Laimjala_vallavalitsus, lk 4
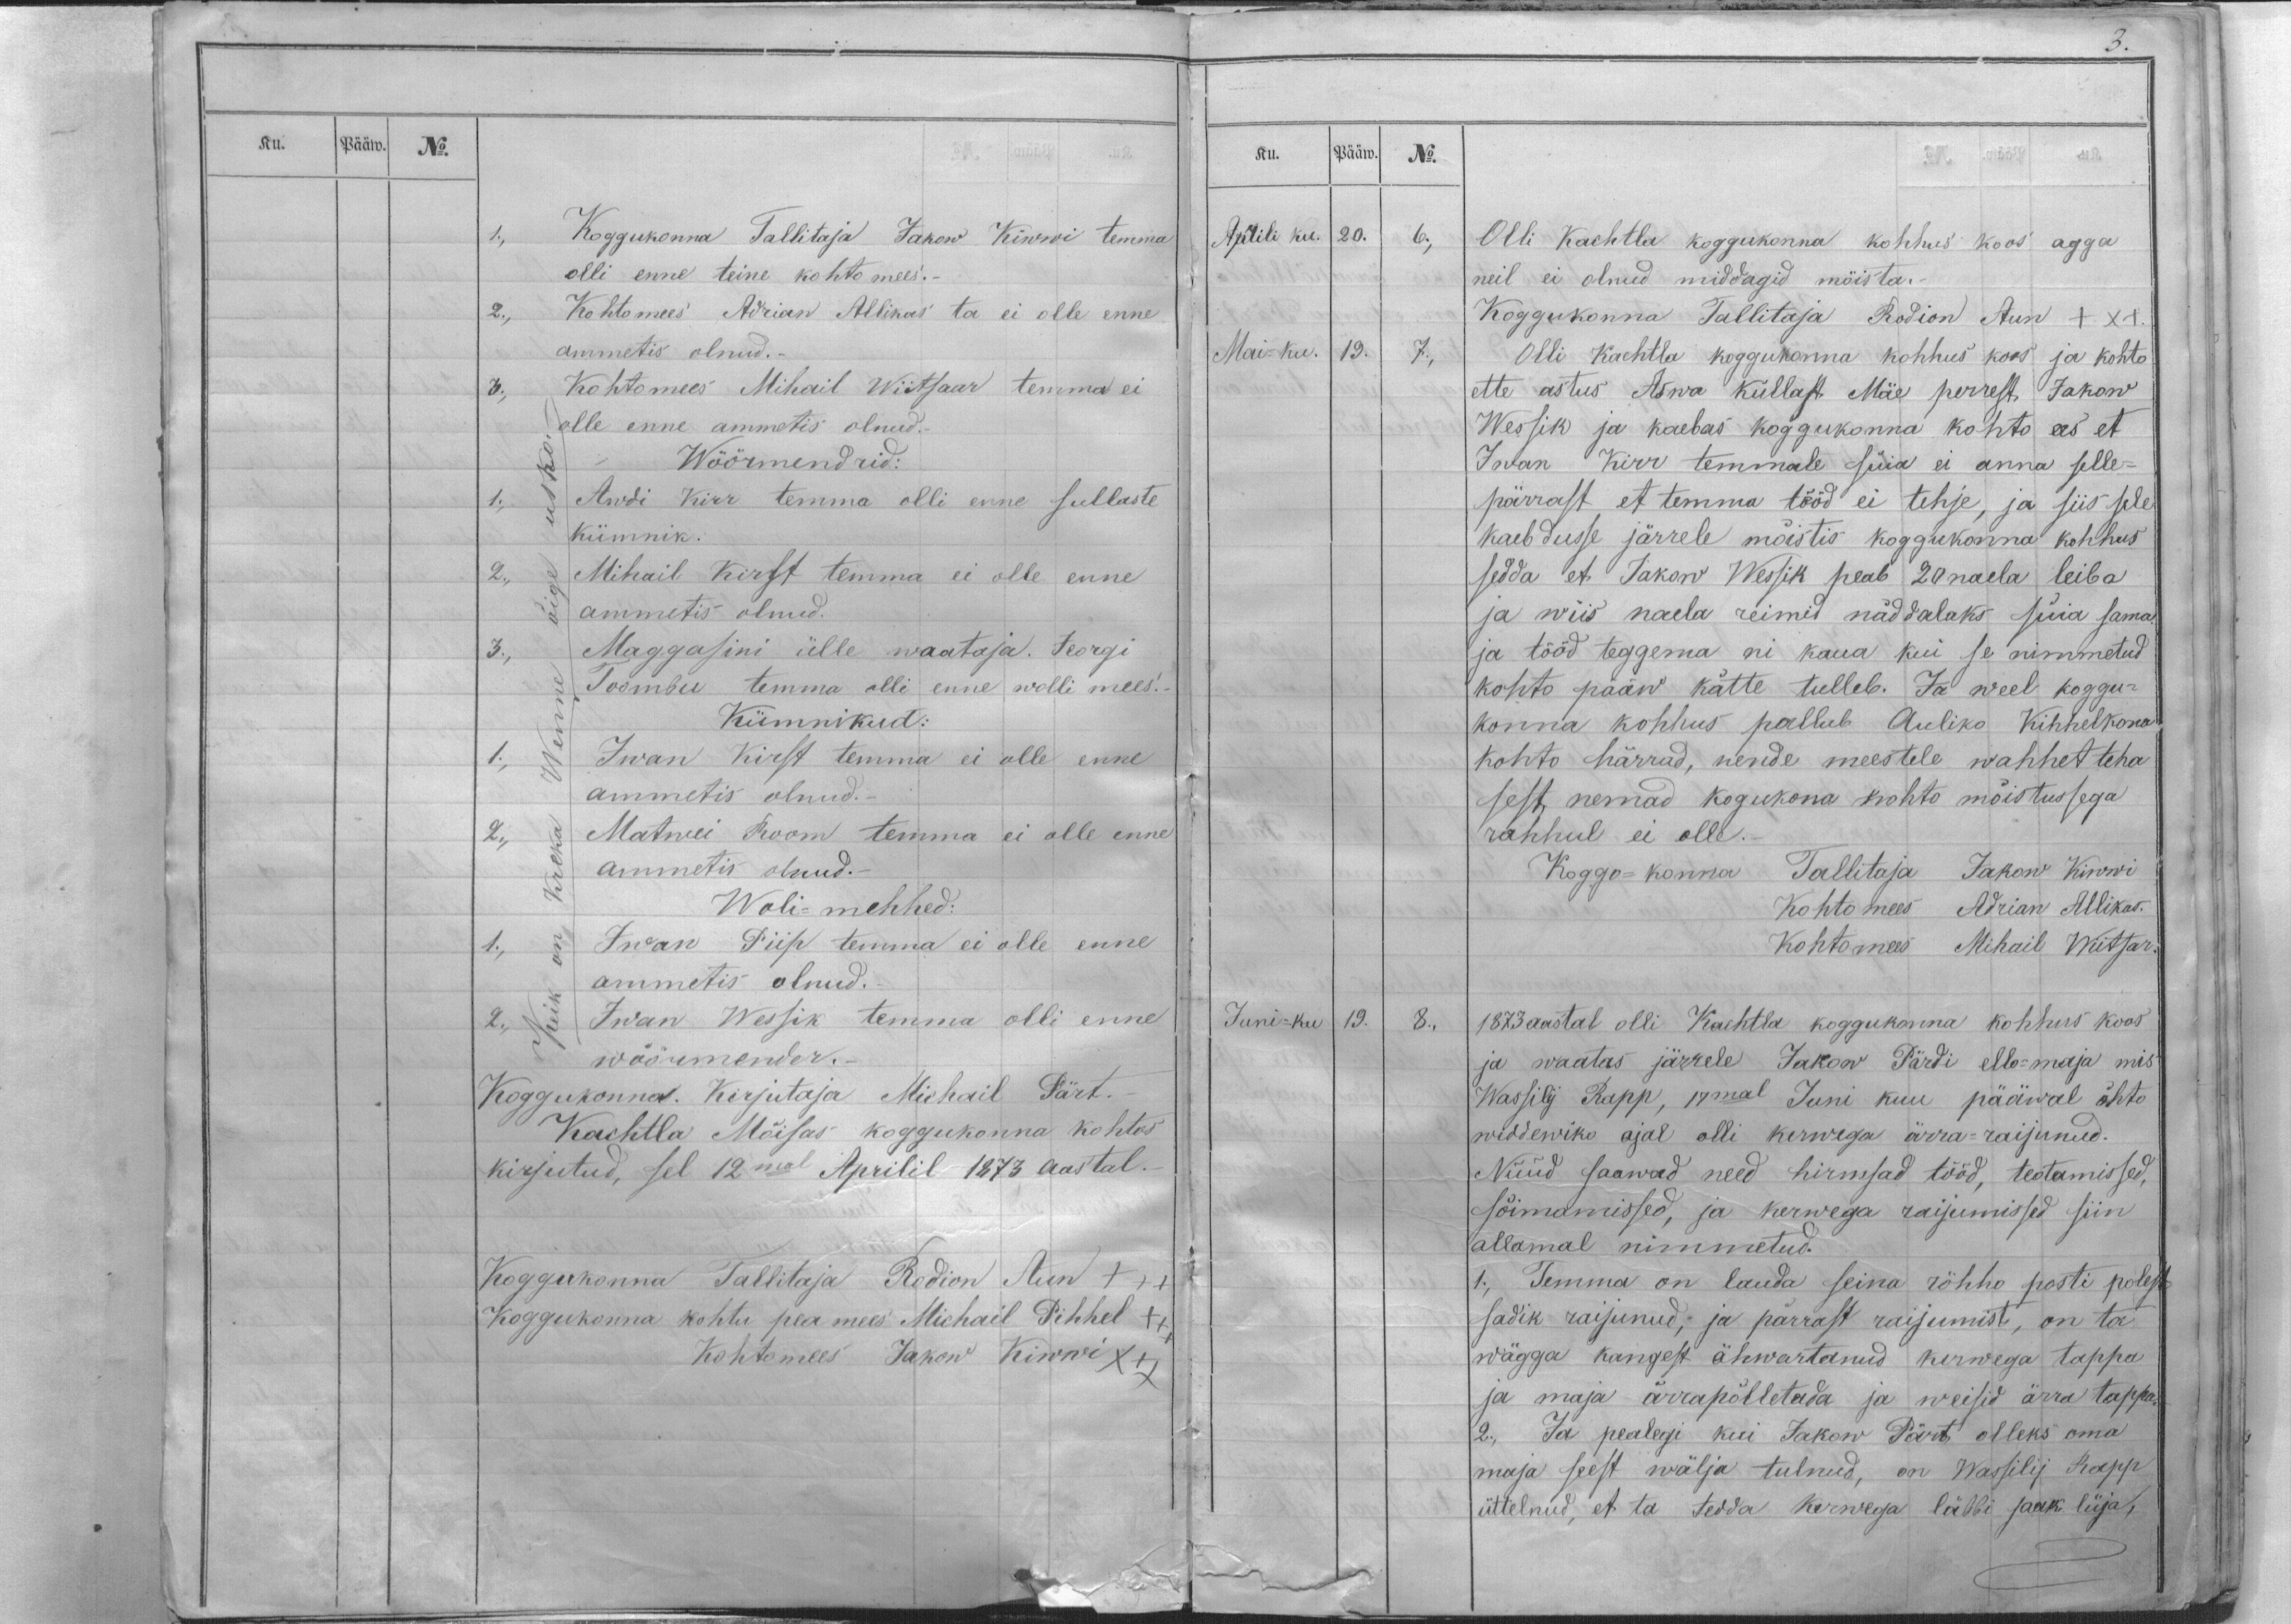
Ku.
Pääw.
No.
1., Koggukonna Tallitaja Jakow Kiwwi temma
olli enne teine kohto mees._
2., Kohtomees Adrian Allikas ta ei olle enne
ammetis olnud._
3., Kohtomees Mihail Wiitsaar temma ei
olle enne ammetis olnud.
Wöörmendrid:
1., Awdi Kirr temma olli enne sullaste
kümnik.
2., Mihail Kirst temma ei olle enne
ammetis olnud.
3., Maggasini ülle waataja. Jeorgi
Toombu temma olli enne wolli mees.
Kümnikud:
Keik on Kreka Wenne õige usko._
1., Iwan Kirst temma ei olle enne
ammetis olnud._
2., Matwei Room temma ei olle enne
ammetis olnud.-
Woli-mehhed:
1., Iwan Piip temma ei olle enne
ammetis olnud.
2., Iwan Wessik temma olli enne
wöörmender._
Koggukonna. Kirjutaja Michail Pärt.-
Kachtla Mõisas koggukonna kohtos
kirjutud, sel 12mal Aprilil 1873 aastal._
Koggukonna Tallitaja Rodion Aun +++
Koggukonna kohtu pea mees Michail Pihhel ++
Kohtomees Jakow Kiwwi xxx

Ku.
Pääw.
No.
Aprili ku.
20.
6.,
Olli Kachtla koggukonna kohhus koos agga
neil ei olnud middagid möista.-
Koggukonna Tallitaja Rodion Aun +x+
Mai-ku.
19.
7.,
Olli Kachtla koggukonna kohhus koos ja kohto
ette astus Aswa küllast Mäe perrest, Jakow
Wessik ja kaebas koggukonna kohto ees et
Iwan Kirr temmale süia ei anna selle-
pärrast et temma tööd ei tehje, ja siis sele
kaebdusse järrele mõistis koggukonna kohhus
sedda et Jakow Wessik peab 20 naela leiba
ja wiis naela reimid näddalaks süia sama
ja tööd teggema nii kaua kui se nimmetud
kohto pääw kätte tulleb. Ja weel koggu-
konna kohhus pallub Auliko Kihhelkona
kohto härrad, nende meestele wahhet teha
sest nemad kogukona kohto mõistussega
rahhul ei olle.
Koggo-konna Tallitaja Jakow Kiwwi
Kohtomees Adrian Allikas.
Kohtomees Mihail Wiitsar.
Juni-ku
19.
8.,
1873 aastal olli Kachtla koggukonna kohhus koos
ja waatas järrele Jakow Pärdi ello-maja mis
Wassilij Rapp, 17mal Juni kuu pääwal õhto
widdewiko ajal olli kerwega ärra-raijunud.
Nüüd saawad need hirmsad tööd, teotamissed,
sõimamissed, ja kerwega raijumissed siin
allamal nimmetud.
1., Temma on lauda seina röhho posti polest
sadik raijunud, ja pärrast raijumist, on ta
wägga kangest ähwartanud kerwega tappa
ja maja ärrapõlletada ja weisid ärra tappa.
2., Ja pealegi kui Jakow Pärt olleks oma
maja seest wälja tulnud, on Wassilij Rapp
üttelnud, et ta tedda kerwega läbbi saak lüja,